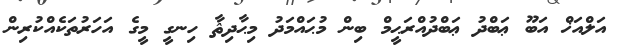
އަލްއަޚް އަބޫ ޢަބްދު ޢަބްދުއްރަޙީމް ބިން މުޙައްމަދު މިޙާދިޘާ ހިނގީ މީގެ އަހަރުތަކެއްކުރިން